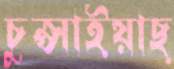
চুপ্‌সাইয়াছ